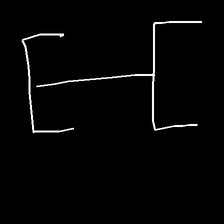
Glyph: entwine